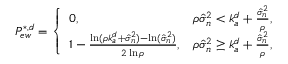
\begin{array} { r } { P _ { e w } ^ { * , d } = \left\{ \begin{array} { l l } { 0 , } & { \rho \hat { \sigma } _ { n } ^ { 2 } < k _ { a } ^ { d } + \frac { \hat { \sigma } _ { n } ^ { 2 } } { \rho } , } \\ { 1 - \frac { \ln ( \rho k _ { a } ^ { d } + \hat { \sigma } _ { n } ^ { 2 } ) - \ln ( \hat { \sigma } _ { n } ^ { 2 } ) } { 2 \ln \rho } , } & { \rho \hat { \sigma } _ { n } ^ { 2 } \geq k _ { a } ^ { d } + \frac { \hat { \sigma } _ { n } ^ { 2 } } { \rho } , } \end{array} \right. } \end{array}